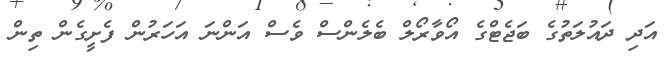
އަދި ދައުލަތުގެ ބަޖެޓްގެ އޯވާރޯލް ބެލެންސް ވެސް އަންނަ އަހަރުން ފެށީގެން ތިން